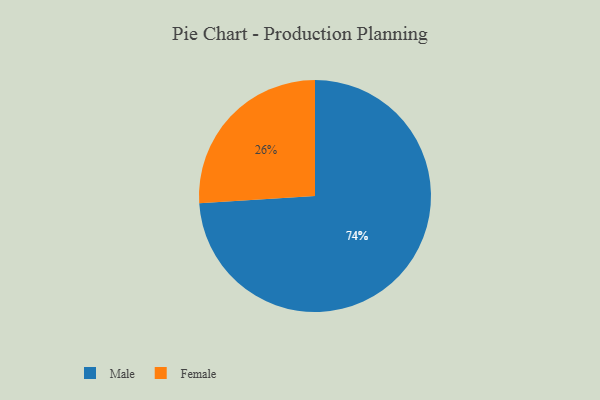
{"axis": {"x": "Category", "y": "Percentage"}, "legend": ["Female", "Male"], "data": [{"x": "Female", "y": 26, "type": "Female"}, {"x": "Male", "y": 74, "type": "Male"}]}